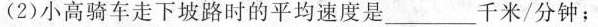
(2)小高骑车走下坡路时的平均速度是_____千米/分钟；